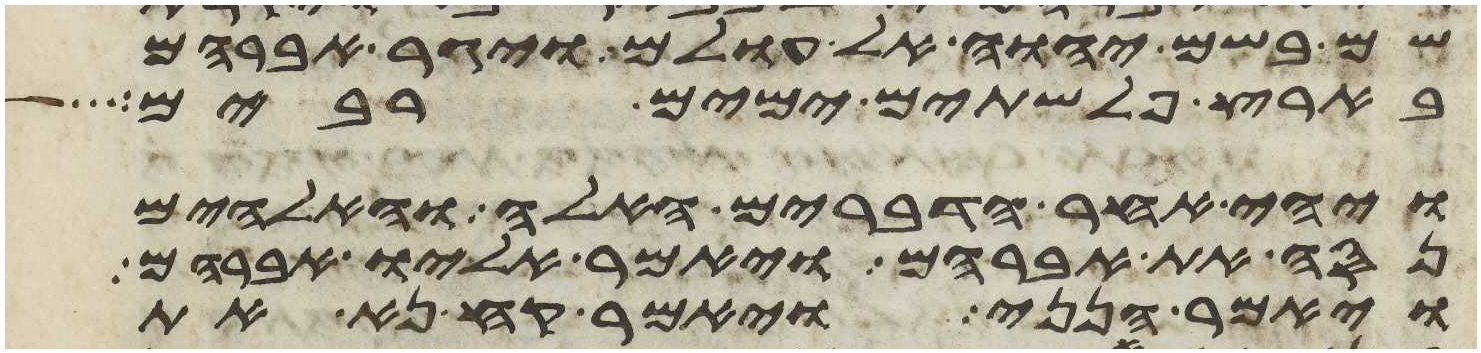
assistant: שם בשם יהוה אל עולם ויגר אברהם
בארץ פלשתים ימים רבים
ויהי אחר הדברים האלה והאלהים
נסה את אברהם ויאמר אליו אברהם
ויאמר הנני ויאמר קח נא את